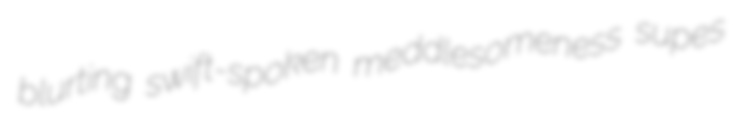
blurting swift-spoken meddlesomeness supes